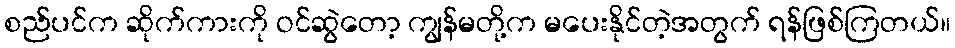
စည်ပင်က ဆိုက်ကားကို ဝင်ဆွဲတော့ ကျွန်မတို့က မပေးနိုင်တဲ့အတွက် ရန်ဖြစ်ကြတယ်။